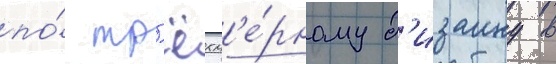
по́ тр'ёхм'е́рному д'изаину в